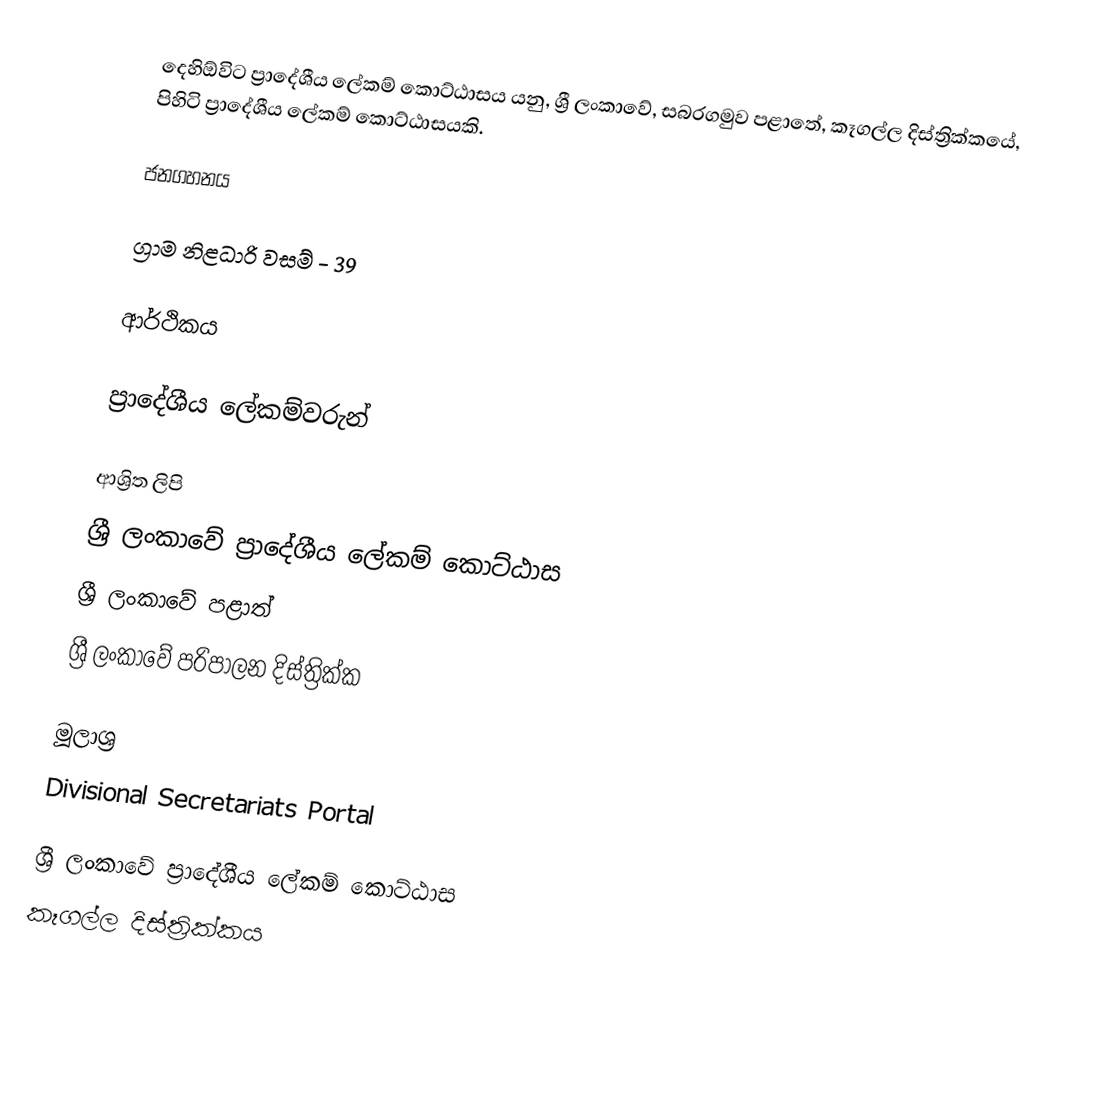
දෙහිඕවිට ප්‍රාදේශීය ලේකම් කොට්ඨාසය යනු,  ශ්‍රී ලංකාවේ, සබරගමුව පළාතේ,   කෑගල්ල දිස්ත්‍රික්කයේ, පිහිටි ප්‍රාදේශීය ලේකම් කොට්ඨාසයකි.

ජනගහනය

ග්‍රාම නිළධාරි වසම් - 39

ආර්ථිකය

ප්‍රාදේශීය ලේකම්වරුන්

ආශ්‍රිත ලිපි
ශ්‍රී ලංකාවේ ප්‍රාදේශීය ලේකම් කොට්ඨාස
ශ්‍රී ලංකාවේ පළාත්
ශ්‍රී ලංකාවේ පරිපාලන දිස්ත්‍රික්ක

මූලාශ්‍ර
 Divisional Secretariats Portal

ශ්‍රී ලංකාවේ ප්‍රාදේශීය ලේකම් කොට්ඨාස
කෑගල්ල දිස්ත්‍රික්කය